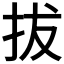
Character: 拔